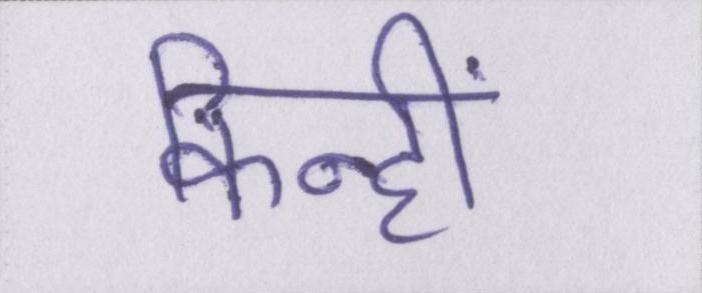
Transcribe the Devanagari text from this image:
किन्हीं